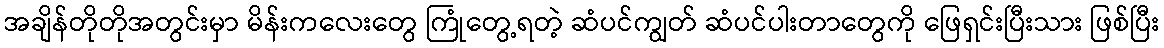
အချိန်တိုတိုအတွင်းမှာ မိန်းကလေးတွေ ကြုံတွေ့ရတဲ့ ဆံပင်ကျွတ် ဆံပင်ပါးတာတွေကို ဖြေရှင်းပြီးသား ဖြစ်ပြီး